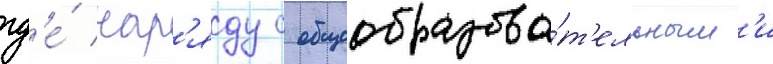
гд'е́ нар'яду с общеобразова́т'ельным'и